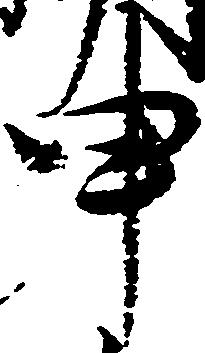
申